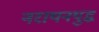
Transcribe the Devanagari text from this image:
नरायनयुद्ध